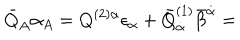
{ \bar { Q } } _ { A } \alpha _ { A } = Q ^ { ( 2 ) \alpha } \epsilon _ { \alpha } + { \bar { Q } } _ { { \dot { \alpha } } } ^ { ( 1 ) } { \bar { \beta } } ^ { { \dot { \alpha } } } =